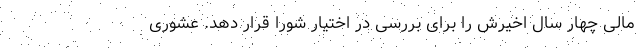
مالی چهار سال اخیرش را برای بررسی در اختیار شورا قرار دهد. عشوری